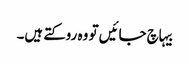
بیہاچ جائیں تو وہ روکتے ہیں۔